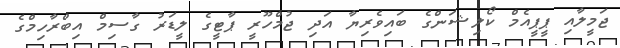
ޖަމީލާއި ޕީޕީއެމް ކޯލިޝަންގެ ބައިވެރިޔާ އަދި ޖުމްހޫރީ ޕާޓީގެ ލީޑަރު ގާސިމް އިބްރާހިމްގެ